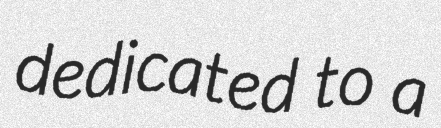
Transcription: dedicated to a